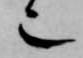
也